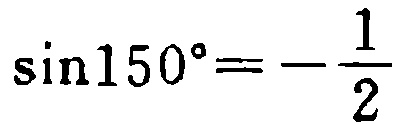
\(\sin150^{\circ}=-\frac{1}{2}\)